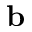
\bf { b }